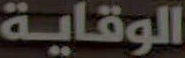
الوقاية